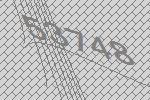
53748